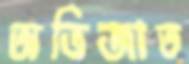
অভিজাত